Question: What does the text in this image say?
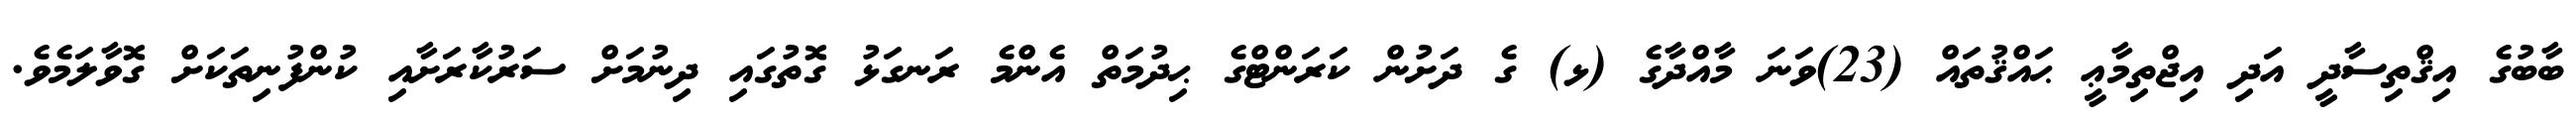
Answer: ބާބުގެ އިޤްތިސާދީ އަދި އިޖްތިމާޢީ ޙައްޤުތައް (23)ވަނަ މާއްދާގެ (ޅ) ގެ ދަށުން ކަރަންޓްގެ ޙިދުމަތް އެންމެ ރަނގަޅު ގޮތުގައި ދިނުމަށް ސަރުކާރަށާއި ކުންފުނިތަކަށް ގޮވާލަމެވެ.